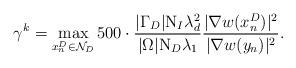
LaTeX: \begin{align*} \gamma^k = \max_{x_n^D \in \mathcal{N}_D} 500 \cdot \frac{|\Gamma_D|\mathrm{N}_I \lambda_d^2}{|\Omega|\mathrm{N}_D\lambda_1}\frac{|\nabla w(x_n^D)|^2 }{|\nabla w(y_n)|^2 }.\end{align*}